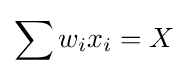
\sum w_{i}x_{i}=X